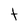
Character: t